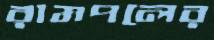
রামপলের